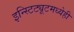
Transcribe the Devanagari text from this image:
इन्स्टिट्यूटमध्येही